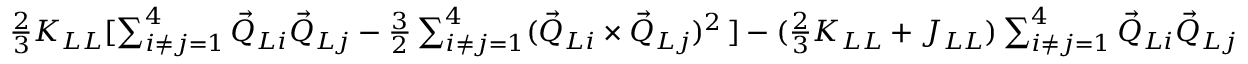
\begin{array} { r } { \frac { 2 } { 3 } K _ { L L } [ \sum _ { i \neq j = 1 } ^ { 4 } \vec { Q } _ { L i } \vec { Q } _ { L j } - \frac { 3 } { 2 } \sum _ { i \neq j = 1 } ^ { 4 } ( \vec { Q } _ { L i } \times \vec { Q } _ { L j } ) ^ { 2 } \, ] - ( \frac { 2 } { 3 } K _ { L L } + J _ { L L } ) \sum _ { i \neq j = 1 } ^ { 4 } \vec { Q } _ { L i } \vec { Q } _ { L j } } \end{array}